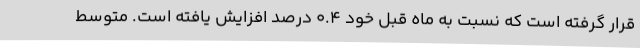
قرار گرفته است که نسبت به ماه قبل خود 0.4 درصد افزایش یافته است. متوسط